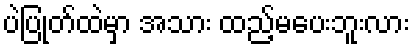
ပဲပြုတ်ထဲမှာ အသား ထည့်မပေးဘူးလား